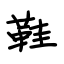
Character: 鞋